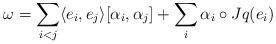
\begin{align*} \omega = \sum_{i<j} \langle e_i,e_j \rangle [\alpha_i,\alpha_j] + \sum_i \alpha_i\circ Jq(e_i)\end{align*}